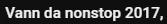
Vann da nonstop 2017,